Lunatic asylums Bombay report 1891-1903 - 1891-1903
Year: 1891
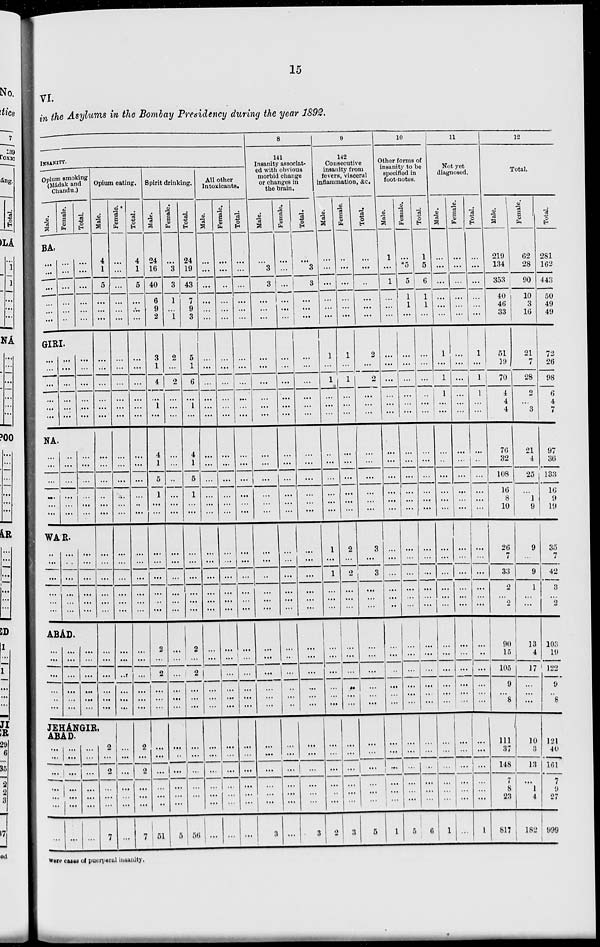
15
VI.
in the Asylums in the Bombay Presidency during the year 1892.
INSANITY.
Opium smoking
(Mádak and
Chandu.)
Male.
Female.
Total.
BA.
...
...
...
...
...
...
...
...
...
...
...
...
...
...
...
...
...
...
GIRI.
...
...
...
...
...
...
...
...
...
...
...
...
...
...
...
...
....
...
NA.
...
...
...
...
...
...
...
...
...
...
...
...
...
...
...
...
...
...
WAR.
...
...
...
...
...
...
...
...
...
...
...
...
...
...
...
...
...
...
ABÁD.
...
...
...
...
...
...
...
...
...
...
...
...
...
...
...
...
...
...
Opium eating.
Male.
4
1
5
...
...
...
...
...
...
...
...
...
...
...
...
...
...
...
...
...
...
...
...
...
...
...
...
...
...
...
JEHÁNGIR,
ABAD.
...
...
...
...
...
...
...
...
...
...
...
...
...
...
...
...
...
...
...
...
...
2
...
2
...
...
...
7
Female.
...
...
...
...
...
...
...
...
...
...
...
...
...
...
...
...
...
...
...
...
...
...
...
...
...
...
...
...
...
...
...
...
...
...
...
...
...
Total.
4
1
5
...
...
...
...
...
...
...
...
...
...
...
...
...
...
...
...
...
...
...
...
...
...
...
...
...
...
2
...
2
...
...
...
7
Spirit drinking.
Male.
24
16
40
6
9
2
3
1
4
...
1
...
4
1
5
1
...
...
...
...
...
...
...
...
2
...
2
...
...
...
...
...
...
...
...
...
51
Female.
...
3
3
1
...
1
2
...
2
...
...
...
...
...
...
...
...
...
...
...
...
...
...
...
...
...
...
...
...
...
...
...
...
...
...
...
5
Total.
24
19
43
7
9
3
5
1
6
...
1
...
4
1
5
1
...
...
...
...
...
...
...
2
...
2
...
...
...
...
...
...
...
...
...
56
All other
Intoxicants.
Male.
...
...
...
...
...
...
...
...
...
...
...
...
...
...
...
...
...
...
...
...
...
...
...
...
...
...
...
...
...
...
...
...
...
...
...
...
...
Female.
...
...
...
...
...
...
...
...
...
...
...
...
...
...
...
...
...
...
...
...
...
...
...
...
...
...
...
...
...
...
...
...
...
...
...
...
...
Total.
...
...
...
...
...
...
...
...
...
...
...
...
...
...
...
...
...
...
...
...
...
...
...
...
...
...
...
...
...
...
...
...
...
...
...
...
8
141
Insanity associat-
ed with obvious
morbid change
or changes in
the brain.
Male.
...
3
3
...
...
...
...
...
...
...
...
...
...
...
...
...
...
...
...
...
...
...
...
...
...
...
...
...
...
...
...
...
...
...
...
...
3
Female.
...
...
...
...
...
...
...
...
...
...
...
...
...
...
...
...
...
...
...
...
...
...
...
...
...
...
...
...
...
...
...
...
...
...
...
...
...
Total.
...
3
3
...
...
...
...
...
...
...
...
...
...
...
...
...
...
...
...
...
...
...
...
...
...
...
...
...
...
...
...
...
...
...
...
...
3
9
142
Consecutive
insanity from
fevers, visceral
inflammation, &c.
Male.
...
...
...
...
...
...
1
...
1
...
...
...
...
...
...
...
...
...
1
...
1
...
...
...
...
...
...
...
...
...
...
...
...
...
...
...
2
Female.
...
...
...
...
...
...
1
...
1
...
...
...
...
...
...
...
...
...
2
...
2
...
...
...
...
...
...
...
...
...
...
...
...
...
...
...
3
Total.
...
...
...
...
...
...
2
...
2
...
...
...
...
...
...
...
...
...
3
...
3
...
...
...
...
...
...
...
...
...
...
...
...
...
...
...
5
10
Other forms of
insanity to be
specified in
foot-notes.
Male.
1
...
1
...
...
...
...
...
...
...
...
...
...
...
...
...
...
...
...
...
...
...
...
...
...
...
...
...
...
...
...
...
...
...
...
...
1
Female.
...
*5
5
1
1
...
...
...
...
...
...
...
...
...
...
...
...
...
...
...
...
...
...
...
...
...
...
...
...
...
...
...
...
...
...
...
5
Total.
1
5
6
1
1
...
...
...
...
...
...
...
...
...
...
...
...
...
...
...
...
...
...
...
...
...
...
...
...
...
...
...
...
...
...
...
6
11
Not yet
diagnosed.
Male.
...
...
...
...
...
...
1
...
1
1
...
...
...
...
...
...
...
...
...
...
...
...
...
...
...
...
...
...
...
...
...
...
...
...
...
...
1
Female.
...
...
...
...
...
...
...
...
...
...
...
...
...
...
...
...
...
...
...
...
...
...
...
...
...
...
...
...
...
...
...
...
...
...
...
...
...
Total.
...
...
...
...
...
...
1
...
1
1
...
...
...
...
...
...
...
...
...
...
...
...
...
...
...
...
...
...
...
...
...
...
...
...
...
...
1
12
Total.
Male.
219
134
353
40
46
33
51
19
70
4
4
4
76
32
108
16
8
10
26
7
33
2
...
2
90
15
105
9
...
8
111
37
148
7
8
23
817
Female.
62
28
90
10
3
16
21
7
28
2
...
3
21
4
25
...
1
9
9
...
9
1
...
...
13
4
17
...
...
...
10
3
13
...
1
4
182
Total.
281
162
443
50
49
49
72
26
98
6
4
7
97
36
133
16
9
19
35
7
42
3
...
2
103
19
122
9
..
8
121
40
161
7
9
27
999
were cases of puerperal insanity.